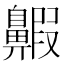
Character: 𪖲